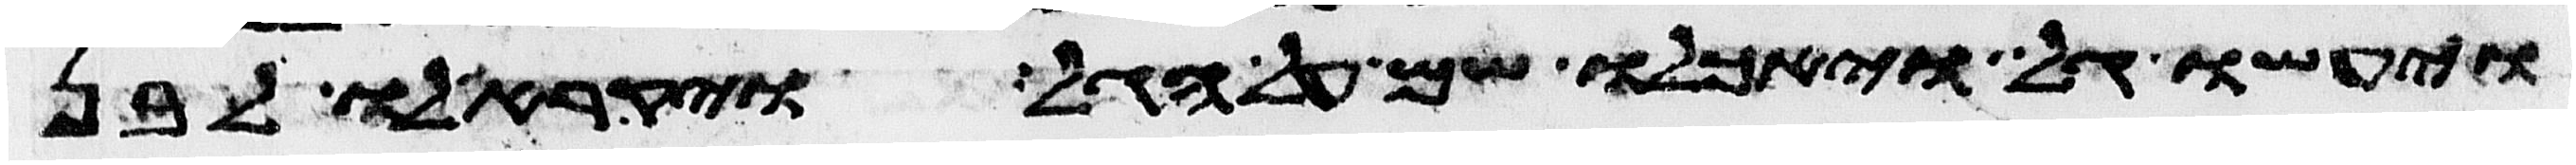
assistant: ויעשו גל ויאכלו שם על הגל ויקרא לו לבן